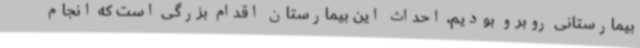
بیمارستانی روبرو بودیم، احداث این بیمارستان اقدام بزرگی است که انجام